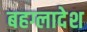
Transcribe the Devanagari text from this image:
बहग्लादेश